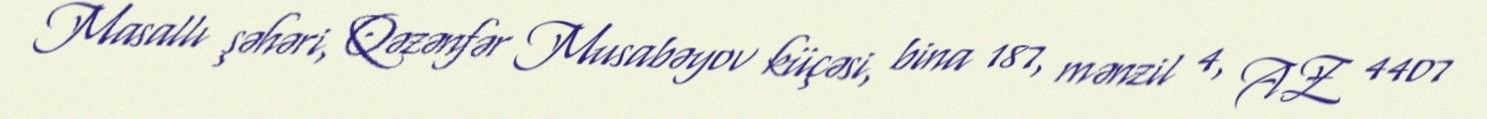
Masallı şəhəri, Qəzənfər Musabəyov küçəsi, bina 187, mənzil 4, AZ 4407